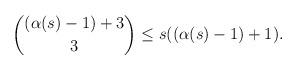
LaTeX: \begin{align*}\binom{(\alpha(s)-1)+3}{3} \leq s((\alpha(s)-1)+1).\end{align*}